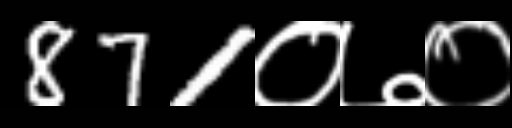
Text: 871०७०